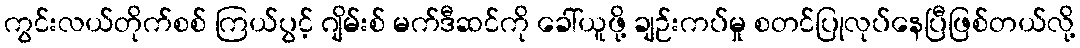
ကွင်းလယ်တိုက်စစ် ကြယ်ပွင့် ဂျိမ်းစ် မက်ဒီဆင်ကို ခေါ်ယူဖို့ ချဉ်းကပ်မှု စတင်ပြုလုပ်နေပြီဖြစ်တယ်လို့